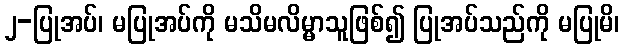
၂-ပြုအပ်၊ မပြုအပ်ကို မသိမလိမ္မာသူဖြစ်၍ ပြုအပ်သည်ကို မပြုမိ၊